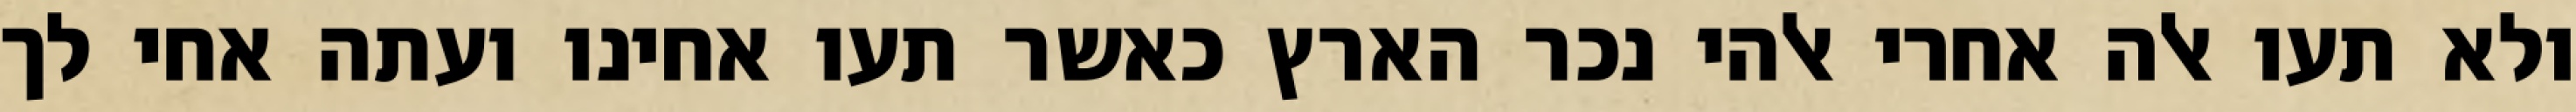
ולא תעו אלה אחרי אלהי נכר הארץ כאשר תעו אחינו ועתה אחי לך